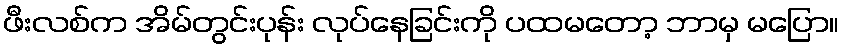
ဖီးလစ်က အိမ်တွင်းပုန်း လုပ်နေခြင်းကို ပထမတော့ ဘာမှ မပြော။